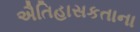
ઐતિહાસકતાના